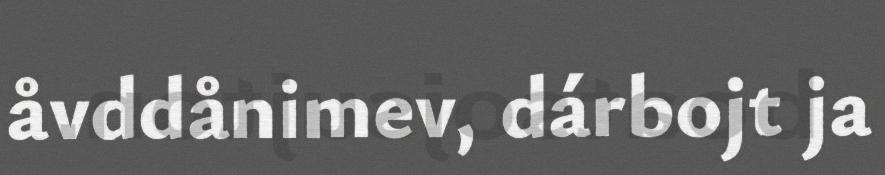
åvddånimev, dárbojt ja